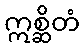
ဣစ္ဆိတံ